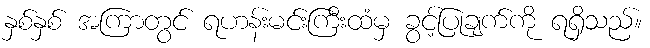
နှစ်နှစ် အကြာတွင် ရဟန်းမင်းကြီးထံမှ ခွင့်ပြုချက်ကို ရရှိသည်။